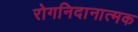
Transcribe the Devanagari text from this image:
रोगनिदानात्मक